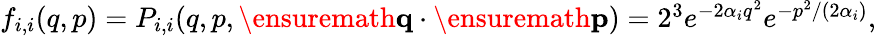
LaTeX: \begin{array}{r}{f_{i,i}(q,p)=P_{i,i}(q,p,\ensuremath{\mathbf{q}}\cdot\ensuremath{\mathbf{p}})=2^{3}e^{-2\alpha_{i}q^{2}}e^{-p^{2}/(2\alpha_{i})},}\end{array}